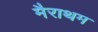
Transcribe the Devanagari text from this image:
मैराथम